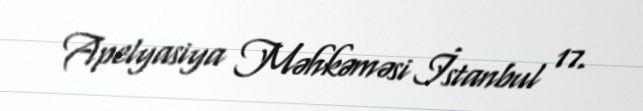
Apelyasiya Məhkəməsi İstanbul 17.